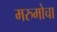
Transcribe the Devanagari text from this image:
मरुमोचा